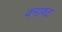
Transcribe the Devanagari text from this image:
वनावट